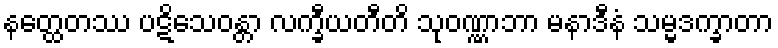
နတ္ထေတဿ ပဋိသေဝန္တာ လက္ခီယတီတိ သုဝဏ္ဏာဘာ မနာဒီနံ သမ္မဒက္ခာတာ